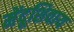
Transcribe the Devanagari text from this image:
मेंदूशिवाय